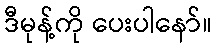
ဒီမုန့်ကို ပေးပါနော်။